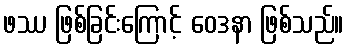
ဖဿ ဖြစ်ခြင်းကြောင့် ဝေဒနာ ဖြစ်သည်။